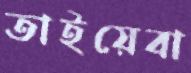
তাইয়েবা